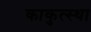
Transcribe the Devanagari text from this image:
काकुत्स्था